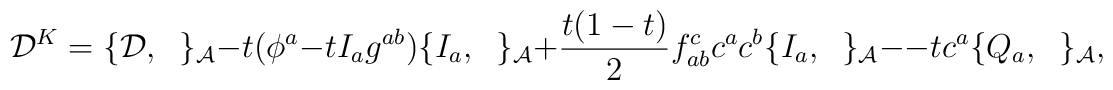
{\cal D}^{K}=\{{\cal D},\;\;\}_{\cal A}- t(\phi^a-tI_ag^{ab})\{I_a,\;\;\}_{\cal A} +\frac{t(1-t)}{2}f^c_{ab}c^ac^b\{I_a,\;\;\}_{\cal A}  --tc^a \{ Q_a,\;\;\}_{\cal A},